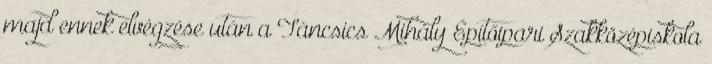
majd ennek elvégzése után a Táncsics Mihály Építőipari Szakközépiskola